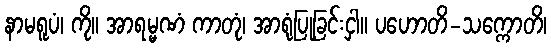
နာမရူပံ၊ ကို။ အာရမ္မဏံ ကာတုံ၊ အာရုံပြုခြင်းငှါ။ ပဟောတိ-သက္ကောတိ၊